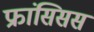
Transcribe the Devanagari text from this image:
फ्रांसिसस